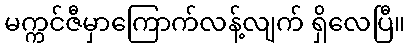
မက္ကင်ဇီမှာကြောက်လန့်လျက် ရှိလေပြီ။